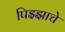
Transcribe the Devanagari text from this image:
पिझ्झाचे